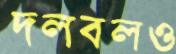
দলবলও